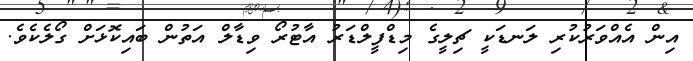
އިން އެއްވަރުކުރި ލަނޑަކީ ޗިލީގެ މިޑްފީލްޑަރު އާޓުރޯ ވިޑާލް އަތުން ބައިކޮޅަށް ގޯލެކެވެ.